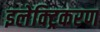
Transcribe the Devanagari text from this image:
इलेक्ट्रिकरण